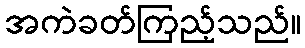
အကဲခတ်ကြည့်သည်။